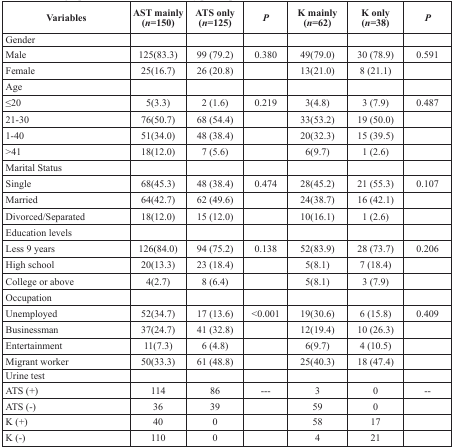
<table><thead><tr><td><b>Variables</b></td><td><b>AST mainly (<i>n</i>=150)</b></td><td><b>ATS only (<i>n</i>=125)</b></td><td><b><i>P</i></b></td><td><b>K mainly (<i>n</i>=62)</b></td><td><b>K only (<i>n</i>=38)</b></td><td><b><i>P</i></b></td></tr></thead><tbody><tr><td>Gender</td><td></td><td></td><td></td><td></td><td></td><td></td></tr><tr><td>Male</td><td>125(83.3)</td><td>99 (79.2)</td><td>0.380</td><td>49(79.0)</td><td>30 (78.9)</td><td>0.591</td></tr><tr><td>Female</td><td>25(16.7)</td><td>26 (20.8)</td><td></td><td>13(21.0)</td><td>8 (21.1)</td><td></td></tr><tr><td>Age</td><td></td><td></td><td></td><td></td><td></td><td></td></tr><tr><td>≤20</td><td>5(3.3)</td><td>2 (1.6)</td><td>0.219</td><td>3(4.8)</td><td>3 (7.9)</td><td>0.487</td></tr><tr><td>21-30</td><td>76(50.7)</td><td>68 (54.4)</td><td></td><td>33(53.2)</td><td>19 (50.0)</td><td></td></tr><tr><td>1-40</td><td>51(34.0)</td><td>48 (38.4)</td><td></td><td>20(32.3)</td><td>15 (39.5)</td><td></td></tr><tr><td>&gt;41</td><td>18(12.0)</td><td>7 (5.6)</td><td></td><td>6(9.7)</td><td>1 (2.6)</td><td></td></tr><tr><td>Marital Status</td><td></td><td></td><td></td><td></td><td></td><td></td></tr><tr><td>Single</td><td>68(45.3)</td><td>48 (38.4)</td><td>0.474</td><td>28(45.2)</td><td>21 (55.3)</td><td>0.107</td></tr><tr><td>Married</td><td>64(42.7)</td><td>62 (49.6)</td><td></td><td>24(38.7)</td><td>16 (42.1)</td><td></td></tr><tr><td>Divorced/Separated</td><td>18(12.0)</td><td>15 (12.0)</td><td></td><td>10(16.1)</td><td>1 (2.6)</td><td></td></tr><tr><td>Education levels</td><td></td><td></td><td></td><td></td><td></td><td></td></tr><tr><td>Less 9 years</td><td>126(84.0)</td><td>94 (75.2)</td><td>0.138</td><td>52(83.9)</td><td>28 (73.7)</td><td>0.206</td></tr><tr><td>High school</td><td>20(13.3)</td><td>23 (18.4)</td><td></td><td>5(8.1)</td><td>7 (18.4)</td><td></td></tr><tr><td>College or above</td><td>4(2.7)</td><td>8 (6.4)</td><td></td><td>5(8.1)</td><td>3 (7.9)</td><td></td></tr><tr><td>Occupation</td><td></td><td></td><td></td><td></td><td></td><td></td></tr><tr><td>Unemployed</td><td>52(34.7)</td><td>17 (13.6)</td><td>&lt;0.001</td><td>19(30.6)</td><td>6 (15.8)</td><td>0.409</td></tr><tr><td>Businessman</td><td>37(24.7)</td><td>41 (32.8)</td><td></td><td>12(19.4)</td><td>10 (26.3)</td><td></td></tr><tr><td>Entertainment</td><td>11(7.3)</td><td>6 (4.8)</td><td></td><td>6(9.7)</td><td>4 (10.5)</td><td></td></tr><tr><td>Migrant worker</td><td>50(33.3)</td><td>61 (48.8)</td><td></td><td>25(40.3)</td><td>18 (47.4)</td><td></td></tr><tr><td>Urine test</td><td></td><td></td><td></td><td></td><td></td><td></td></tr><tr><td>ATS (+)</td><td>114</td><td>86</td><td>---</td><td>3</td><td>0</td><td>--</td></tr><tr><td>ATS (-)</td><td>36</td><td>39</td><td></td><td>59</td><td>0</td><td></td></tr><tr><td>K (+)</td><td>40</td><td>0</td><td></td><td>58</td><td>17</td><td></td></tr><tr><td>K (-)</td><td>110</td><td>0</td><td></td><td>4</td><td>21</td><td></td></tr></tbody></table>